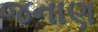
જનાણ